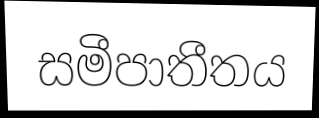
සමීපාතීතය